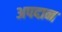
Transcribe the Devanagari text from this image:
अपदान